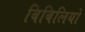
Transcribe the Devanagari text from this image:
बिबिलियो